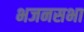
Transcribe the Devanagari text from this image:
भजनसभा